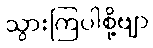
သွားကြပါစို့ဗျာ